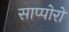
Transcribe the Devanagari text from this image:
साप्पोरो